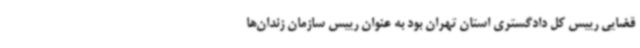
قضایی رییس کل دادگستری استان تهران بود به عنوان رییس سازمان زندان‌ها